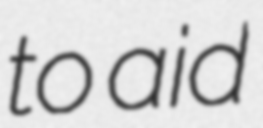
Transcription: to aid